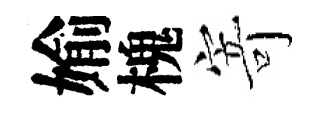
媮槐寄